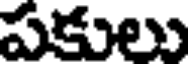
పకులు